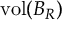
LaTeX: \operatorname { v o l } ( B _ { R } )